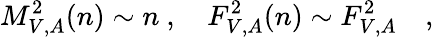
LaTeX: M_{V,A}^{2}(n)\sim n\ ,\ \ \ \ F_{V,A}^{2}(n)\sim F_{V,A}^{2}\quad,